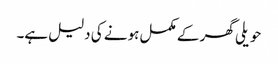
حویلی گھر کے مکمل ہونے کی دلیل ہے۔